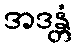
အဒန္တံ